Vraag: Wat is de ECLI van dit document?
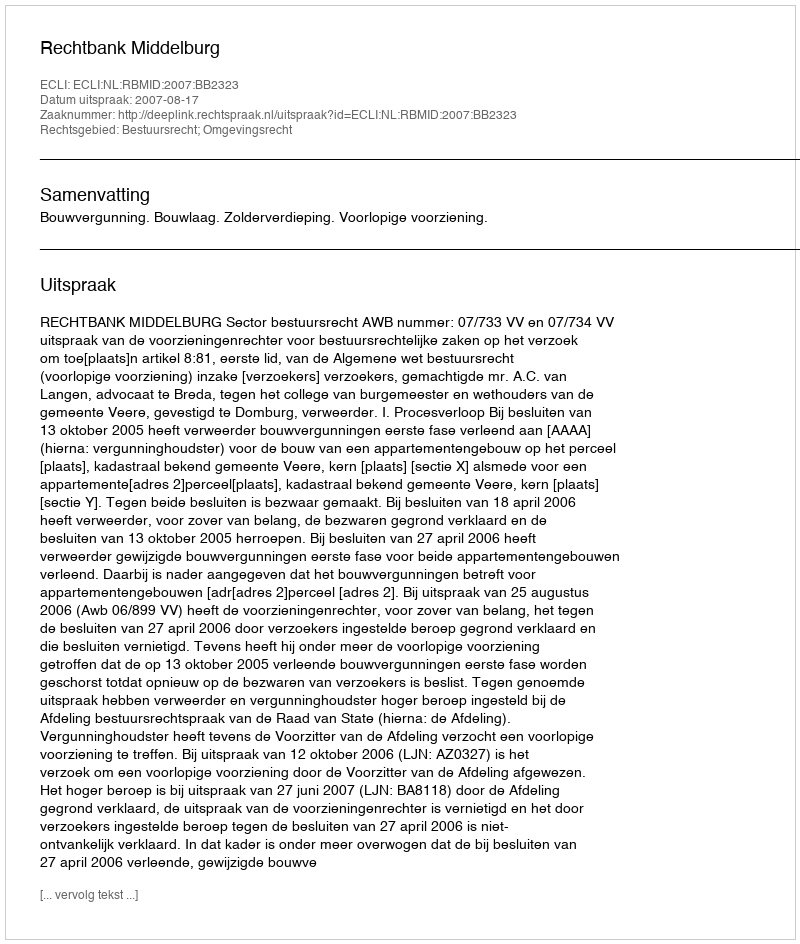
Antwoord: ECLI:NL:RBMID:2007:BB2323